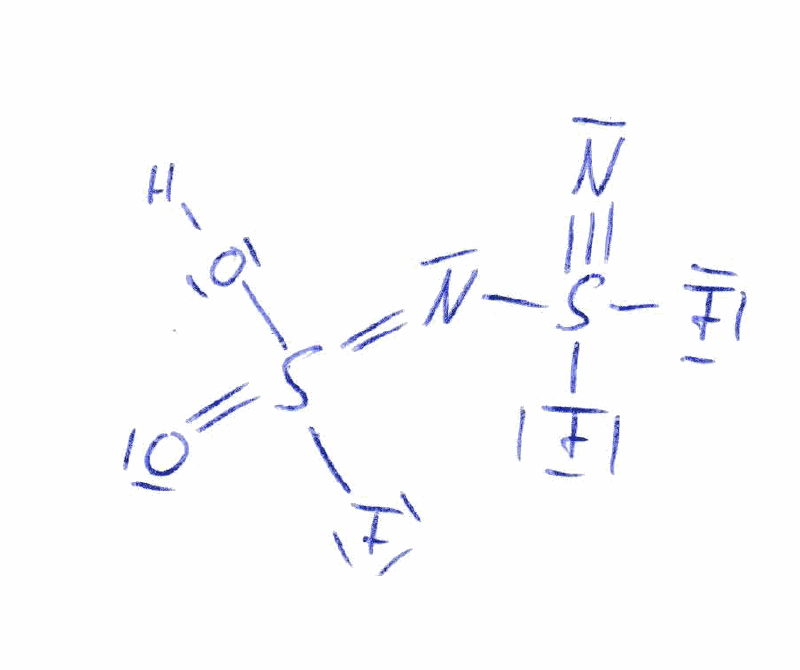
Simplified molecular-input line-entry system (SMILES) notation of the given molecule:
N#S(N=S(=O)(O)F)(F)F